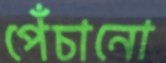
পেঁচানো